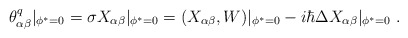
\begin{align*}\theta^q_{\alpha \beta }|_{\phi ^*=0}=\sigma X_{\alpha \beta }|_{\phi^*=0}=(X_{\alpha \beta },W)|_{\phi ^*=0}-i\hbar \Delta X_{\alpha \beta }|_{\phi^*=0}\ .\end{align*}